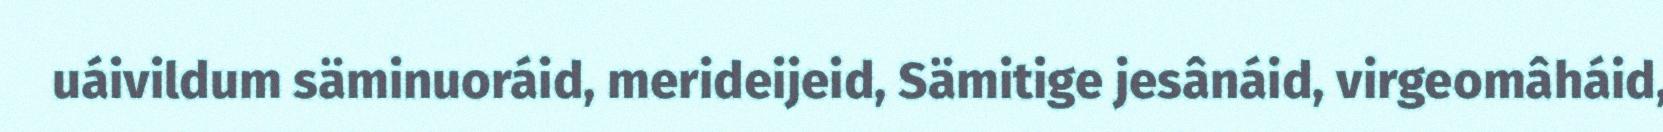
uáivildum säminuoráid, merideijeid, Sämitige jesânáid, virgeomâháid,